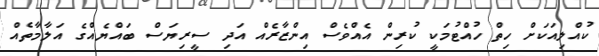
ކުއްލިއަކަށް ހިތް ހުއްޓުމަކީ ކުރިން އެއްވެސް އިންޒާރެއް އަދި ސީރިޔަސް ބައްޔެއްގެ އަލާމާތެއް